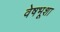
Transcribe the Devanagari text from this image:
वेषभूशा